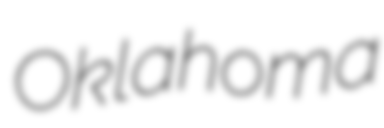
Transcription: Oklahoma